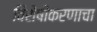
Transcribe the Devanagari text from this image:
विशेषीकरणाचा